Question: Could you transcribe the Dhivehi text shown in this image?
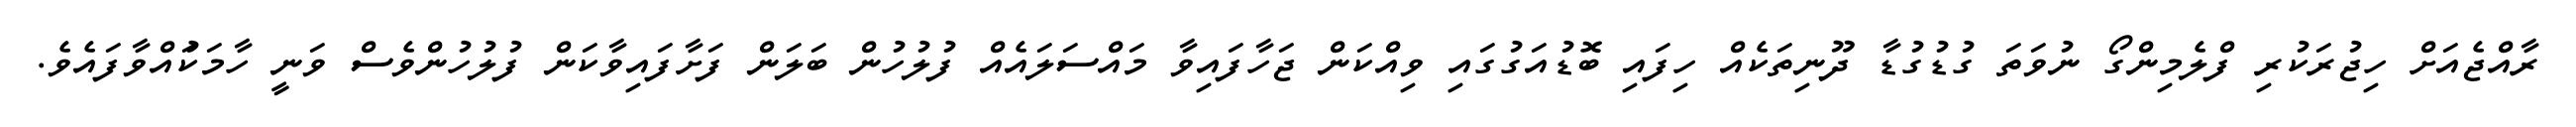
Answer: ރާއްޖެއަށް ހިޖުރަކުރި ފްލެމިންގޯ ނުވަތަ ގުޑުގުޑާ ދޫނިތަކެއް ހިފައި ބޮޑުއަގުގައި ވިއްކަން ޖަހާފައިވާ މައްސަލައެއް ފުލުހުން ބަލަން ފަށާފައިވާކަން ފުލުހުންވެސް ވަނީ ހާމަކުައްވާފައެވެ.